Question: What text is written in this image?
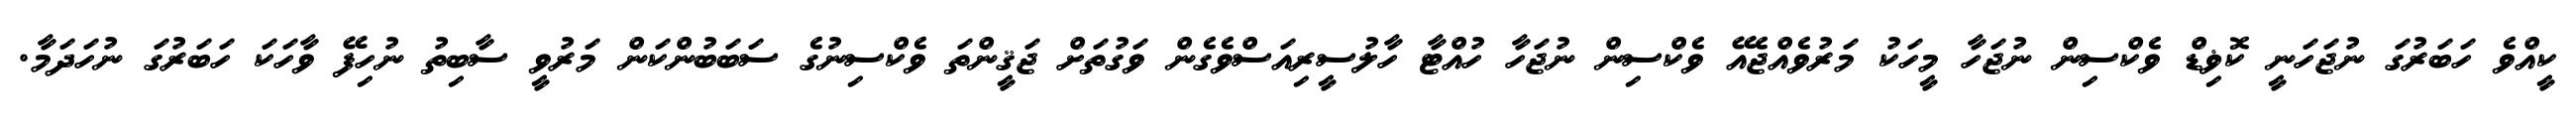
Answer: ކީއްވެ ހަބަރުގަ ނުޖަހަނީ ކޮޥިޑް ވެކްސިން ނުޖަހާ މީހަކު މަރުވެއްޖެއޭ ވެކްސިން ނުޖަހާ ހުއްޓާ ހާލުސީރިއަސްވެގެން ވަގުތަށް ޖަޤީންތަ ވެކްސިނުގެ ސަބަބުންކަން މަރުވީ ސާބިތު ނުހިފޭ ވާހަކަ ހަބަރުގަ ނުހަދަމާ.